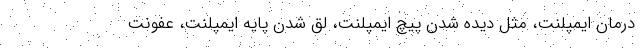
درمان ایمپلنت، مثل دیده شدن پیچ ایمپلنت، لق شدن پایه ایمپلنت، عفونت